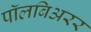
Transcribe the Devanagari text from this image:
पॉलबिअरर